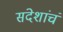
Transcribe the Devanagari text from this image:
संदेशांचं